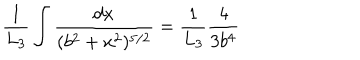
LaTeX: { \frac { 1 } { L _ { 3 } } } \int { \frac { d x } { ( b ^ { 2 } + x ^ { 2 } ) ^ { 5 / 2 } } } = { \frac { 1 } { L _ { 3 } } } { \frac { 4 } { 3 b ^ { 4 } } }